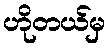
ဟိုတယ်မှ